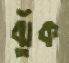
ঝুঁক